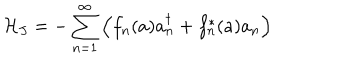
{ \cal H } _ { J } = - \sum _ { n = 1 } ^ { \infty } \left( f _ { n } ( a ) a _ { n } ^ { \dagger } + f _ { n } ^ { * } ( a ) a _ { n } \right)